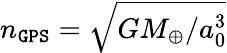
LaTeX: n_{\tt GPS}=\sqrt{GM_{\oplus}/a_{0}^{3}}